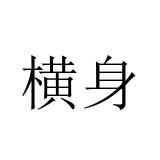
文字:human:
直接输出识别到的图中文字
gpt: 横身